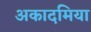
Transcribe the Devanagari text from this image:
अकादमिया